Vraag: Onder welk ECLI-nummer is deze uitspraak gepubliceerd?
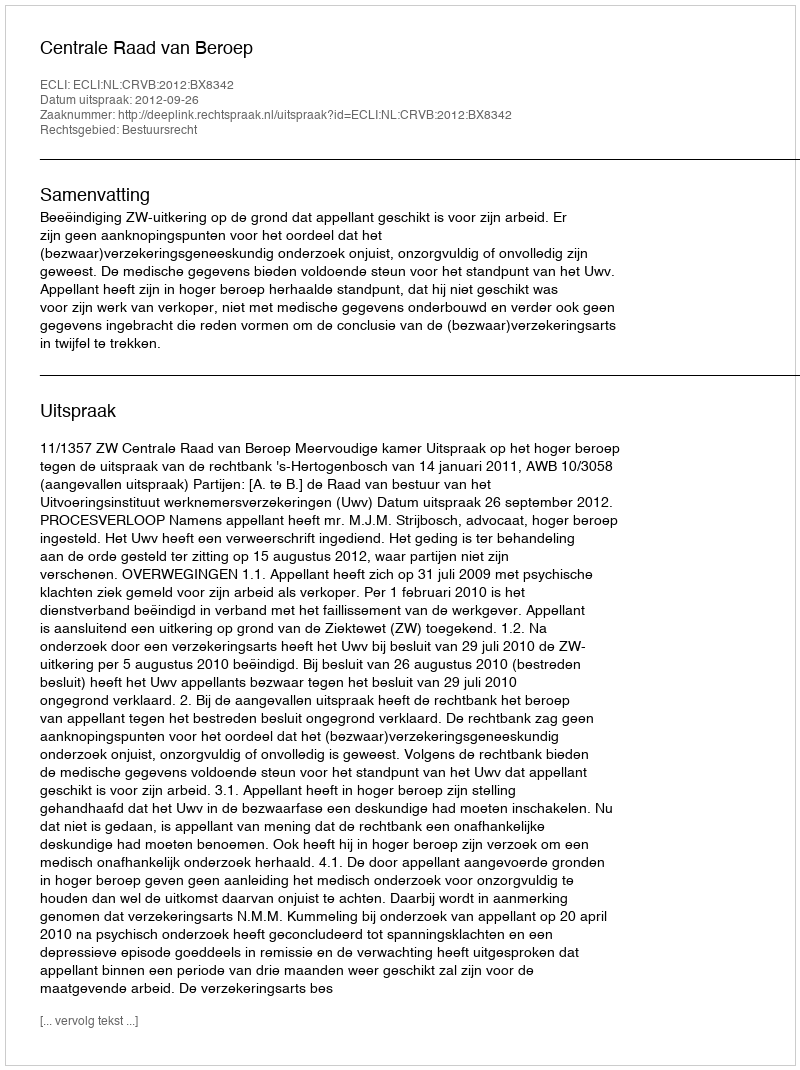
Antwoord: ECLI:NL:CRVB:2012:BX8342